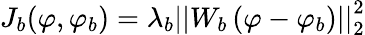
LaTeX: J_{b}(\varphi,\varphi_{b})=\lambda_{b}\left|\left|W_{b}\left(\varphi-\varphi_{b}\right)\right|\right|_{2}^{2}